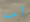
أحد